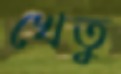
খেতু